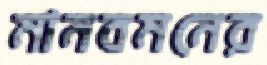
মানবমনের